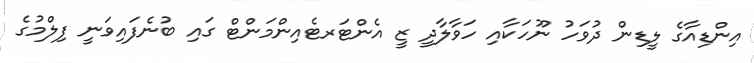
އިންޑިއާގެ ލީޑިން ދުވަހު ނޫހަކާއި ހަވާލާދީ ޒީ އެންޓަރޓެއިންމަންޓް ގައި ބުނެފައިވަނީ ފިލްމުގެ